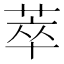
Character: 萃